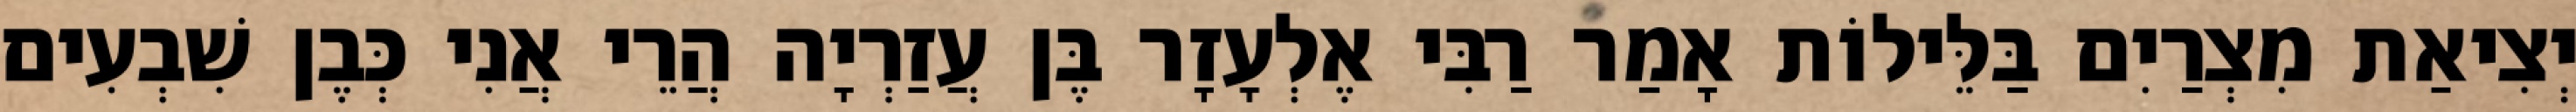
יְצִיאַת מִצְרַיִם בַּלֵּילוֹת אָמַר רַבִּי אֶלְעָזָר בֶּן עֲזַרְיָה הֲרֵי אֲנִי כְּבֶן שִׁבְעִים